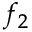
f _ { 2 }